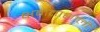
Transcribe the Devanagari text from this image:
क्षमताशाली